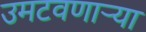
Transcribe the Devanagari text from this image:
उमटवणाऱ्या